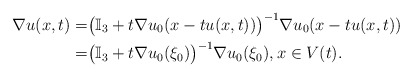
\begin{align*}\nabla u(x,t)=&\big(\mathbb{I}_3+t\nabla u_0(x-tu(x,t))\big)^{-1}\nabla u_0(x-tu(x,t))\\=&\big(\mathbb{I}_3+t\nabla u_0(\xi_0)\big)^{-1}\nabla u_0(\xi_0), x\in V(t).\end{align*}